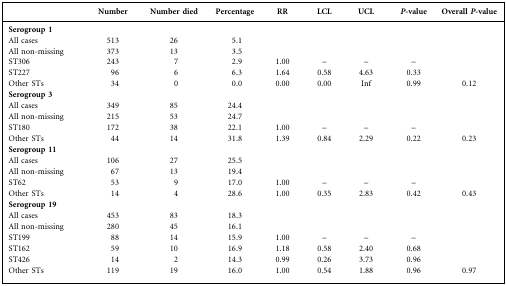
<table><thead><tr><td></td><td><b>Number</b></td><td><b>Number died</b></td><td><b>Percentage</b></td><td><b>RR</b></td><td><b>LCL</b></td><td><b>UCL</b></td><td><b><i>P</i>-value</b></td><td><b>Overall <i>P</i>-value</b></td></tr></thead><tbody><tr><td><b>Serogroup 1</b></td><td></td><td></td><td></td><td></td><td></td><td></td><td></td><td></td></tr><tr><td>All cases</td><td>513</td><td>26</td><td>5.1</td><td></td><td></td><td></td><td></td><td></td></tr><tr><td>All non-missing</td><td>373</td><td>13</td><td>3.5</td><td></td><td></td><td></td><td></td><td></td></tr><tr><td>ST306</td><td>243</td><td>7</td><td>2.9</td><td>1.00</td><td>–</td><td>–</td><td>–</td><td></td></tr><tr><td>ST227</td><td>96</td><td>6</td><td>6.3</td><td>1.64</td><td>0.58</td><td>4.63</td><td>0.33</td><td></td></tr><tr><td>Other STs</td><td>34</td><td>0</td><td>0.0</td><td>0.00</td><td>0.00</td><td>Inf</td><td>0.99</td><td>0.12</td></tr><tr><td><b>Serogroup 3</b></td><td></td><td></td><td></td><td></td><td></td><td></td><td></td><td></td></tr><tr><td>All cases</td><td>349</td><td>85</td><td>24.4</td><td></td><td></td><td></td><td></td><td></td></tr><tr><td>All non-missing</td><td>215</td><td>53</td><td>24.7</td><td></td><td></td><td></td><td></td><td></td></tr><tr><td>ST180</td><td>172</td><td>38</td><td>22.1</td><td>1.00</td><td>–</td><td>–</td><td>–</td><td></td></tr><tr><td>Other STs</td><td>44</td><td>14</td><td>31.8</td><td>1.39</td><td>0.84</td><td>2.29</td><td>0.22</td><td>0.23</td></tr><tr><td><b>Serogroup 11</b></td><td></td><td></td><td></td><td></td><td></td><td></td><td></td><td></td></tr><tr><td>All cases</td><td>106</td><td>27</td><td>25.5</td><td></td><td></td><td></td><td></td><td></td></tr><tr><td>All non-missing</td><td>67</td><td>13</td><td>19.4</td><td></td><td></td><td></td><td></td><td></td></tr><tr><td>ST62</td><td>53</td><td>9</td><td>17.0</td><td>1.00</td><td>–</td><td>–</td><td>–</td><td></td></tr><tr><td>Other STs</td><td>14</td><td>4</td><td>28.6</td><td>1.00</td><td>0.35</td><td>2.83</td><td>0.42</td><td>0.43</td></tr><tr><td><b>Serogroup 19</b></td><td></td><td></td><td></td><td></td><td></td><td></td><td></td><td></td></tr><tr><td>All cases</td><td>453</td><td>83</td><td>18.3</td><td></td><td></td><td></td><td></td><td></td></tr><tr><td>All non-missing</td><td>280</td><td>45</td><td>16.1</td><td></td><td></td><td></td><td></td><td></td></tr><tr><td>ST199</td><td>88</td><td>14</td><td>15.9</td><td>1.00</td><td>–</td><td>–</td><td>–</td><td></td></tr><tr><td>ST162</td><td>59</td><td>10</td><td>16.9</td><td>1.18</td><td>0.58</td><td>2.40</td><td>0.68</td><td></td></tr><tr><td>ST426</td><td>14</td><td>2</td><td>14.3</td><td>0.99</td><td>0.26</td><td>3.73</td><td>0.96</td><td></td></tr><tr><td>Other STs</td><td>119</td><td>19</td><td>16.0</td><td>1.00</td><td>0.54</td><td>1.88</td><td>0.96</td><td>0.97</td></tr></tbody></table>